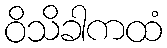
ဝိသိခါကထံ